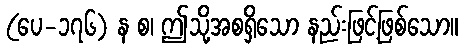
(ပေ-၁၇၆) န စ၊ ဤသို့အစရှိသော နည်းဖြင့်ဖြစ်သော။